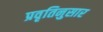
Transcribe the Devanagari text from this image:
प्रवृतिनुसार